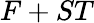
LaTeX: F+ST